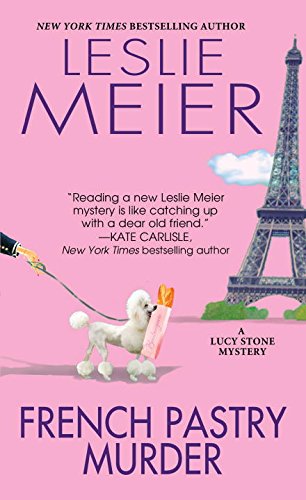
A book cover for French Pastry Murder (A Lucy Stone Mystery); Leslie Meier; Mystery, Thriller & Suspense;